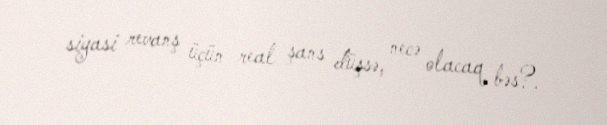
siyasi revanş üçün real şans düşsə, necə olacaq bəs?.